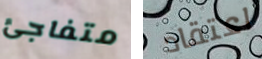
متفاجئ اعتقاد